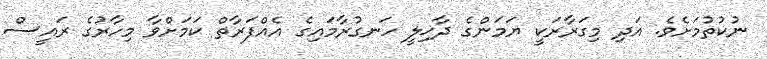
ނުކުތުމަށެވެ. އަދި މިގަރާރަކީ ޔަމަންގެ ދާޚިލީ ހަނގުރާމައިގެ އެއްފަރާތް ކަމަށްވާ މިހާރުގެ ރައީސް